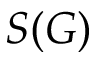
S ( G )